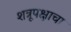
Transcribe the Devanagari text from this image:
शत्रूपक्षाचा